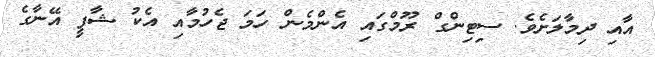
އާއި ދިމާލަށެވެ. ސިޓިންގް ރޫމްގައި އެންމެން ހަމަ ޖެހުމާއި އެކު ޝާފީ އޭނާގެ